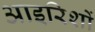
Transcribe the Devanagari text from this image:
आइरिशों